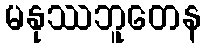
မနုဿဘူတေန